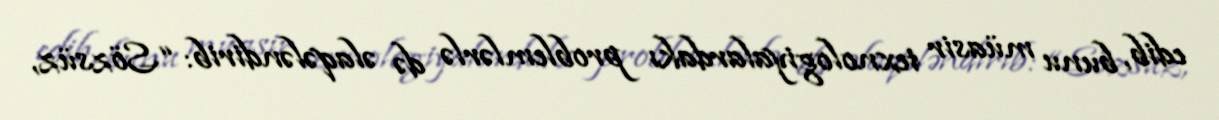
edib, bunu müasir texnologiyalardakı problemlərlə də əlaqələndirib: “Sözsüz,